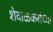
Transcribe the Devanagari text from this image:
शेवाळकरांच्या